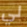
لي